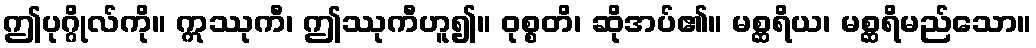
ဤပုဂ္ဂိုလ်ကို။ ဣဿုကီ၊ ဤဿုကီဟူ၍။ ဝုစ္စတိ၊ ဆိုအပ်၏။ မစ္ဆရိယ၊ မစ္ဆရိမည်သော။